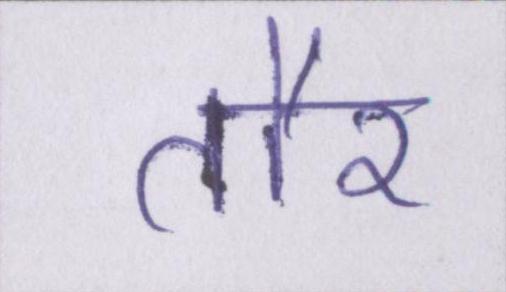
तौर